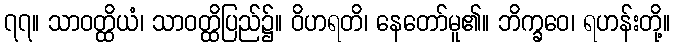
၇၇။ သာဝတ္ထိယံ၊ သာဝတ္ထိပြည်၌။ ဝိဟရတိ၊ နေတော်မူ၏။ ဘိက္ခဝေ၊ ရဟန်းတို့။